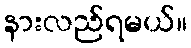
နားလည်ရမယ်။